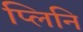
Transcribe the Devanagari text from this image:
प्लिनि